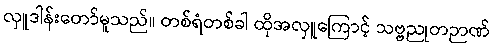
လှူဒါန်းတော်မူသည်။ တစ်ရံတစ်ခါ ထိုအလှူကြောင့် သဗ္ဗညုတဉာဏ်